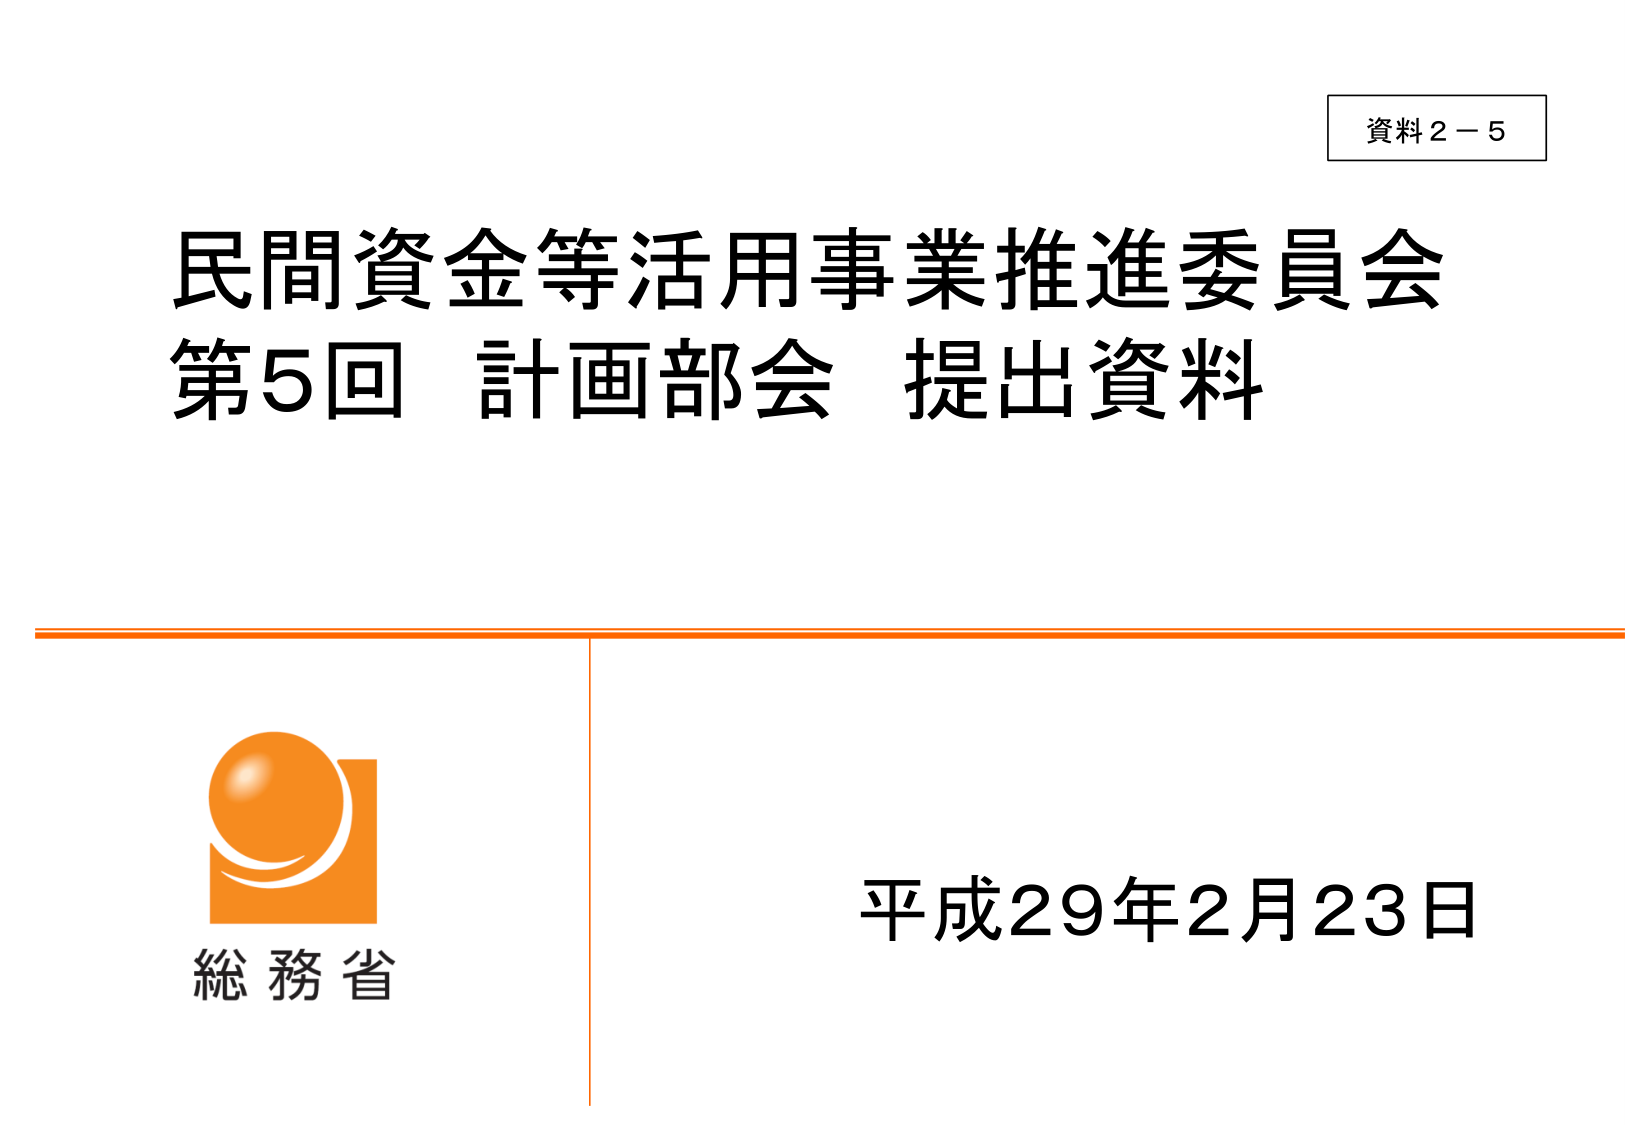
資料２－５
民間資金等活用事業推進委員会
第5回 計画部会 提出資料
総務省
平成29年2月23日